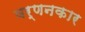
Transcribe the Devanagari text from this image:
वर्णनकार